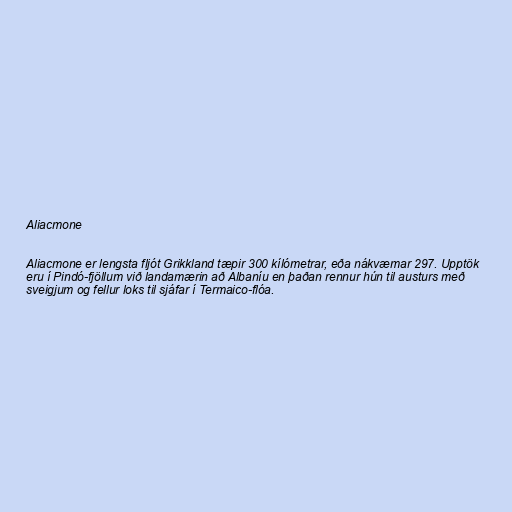
Aliacmone

Aliacmone er lengsta fljót Grikkland tæpir 300 kílómetrar, eða nákvæmar 297. Upptök
eru í Pindó-fjöllum við landamærin að Albaníu en þaðan rennur hún til austurs með
sveigjum og fellur loks til sjáfar í Termaico-flóa.